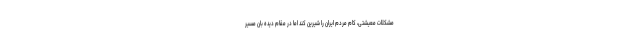
مشکلات معیشتی، کام مردم ایران را شیرین کند اما در مقام دیده بان مسیر